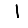
Digit: 1